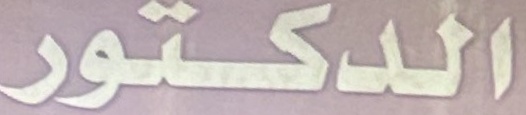
الدكتور